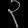
Digit: ၃